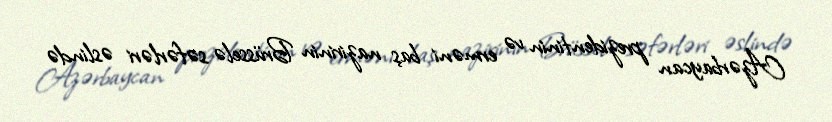
Azərbaycan prezidentinin və erməni baş nazirinin Brüsselə səfərləri əslində